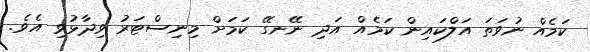
ކަމެއް ނުވަތަ އަލްކައިން ކަމެއް އަދި ނޭނގޭ ކަމަށް މިނިސްޓަރު ވިދާޅުވި އެވެ.